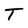
Character: T